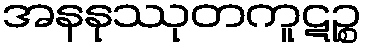
အနနုဿုတကူဋဉ္စ